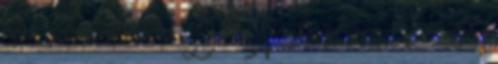
nem garancia erre. De a Napfényt azért is nagyon